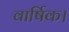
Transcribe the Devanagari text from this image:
वार्षिक।